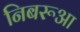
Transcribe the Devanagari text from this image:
निबरूआ